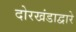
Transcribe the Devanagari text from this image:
दोरखंडाद्वारे